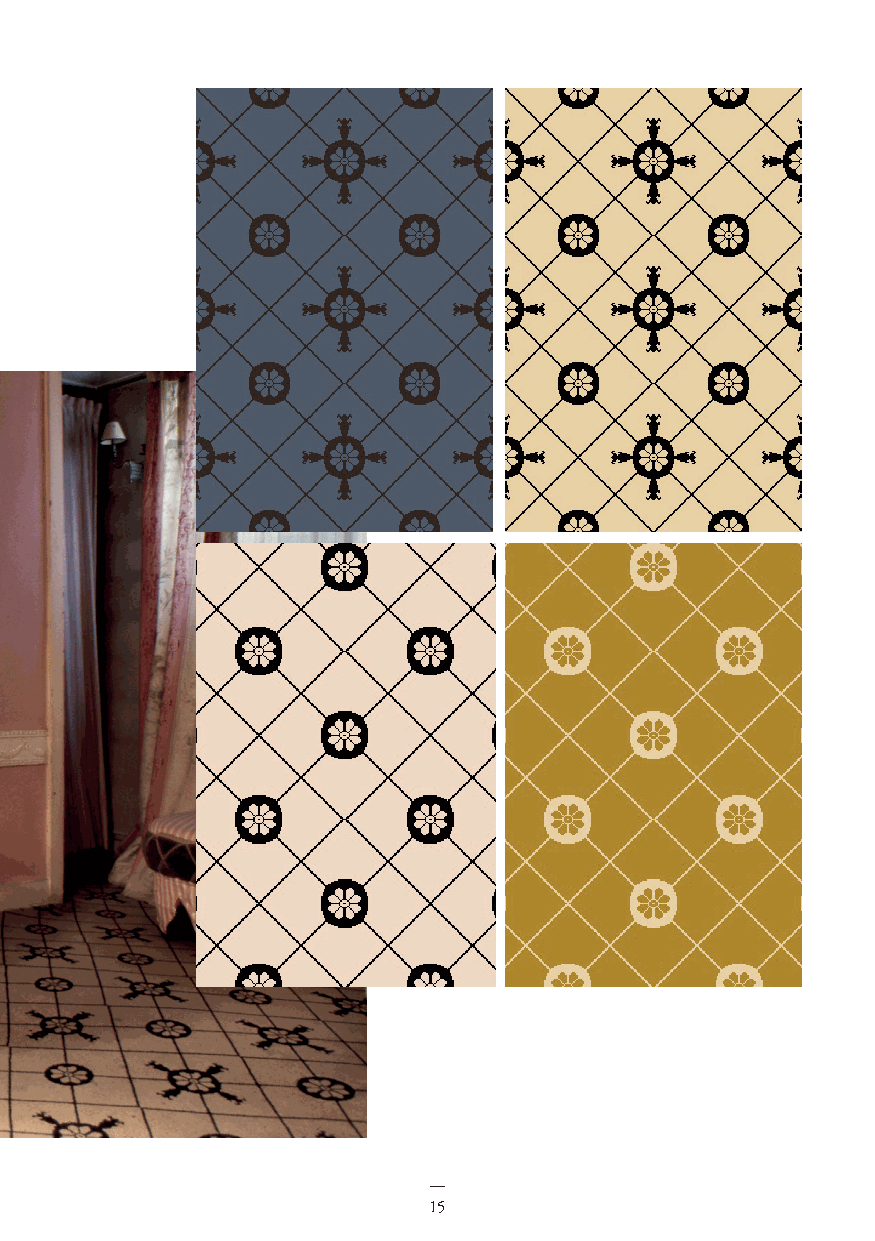
NP                          15